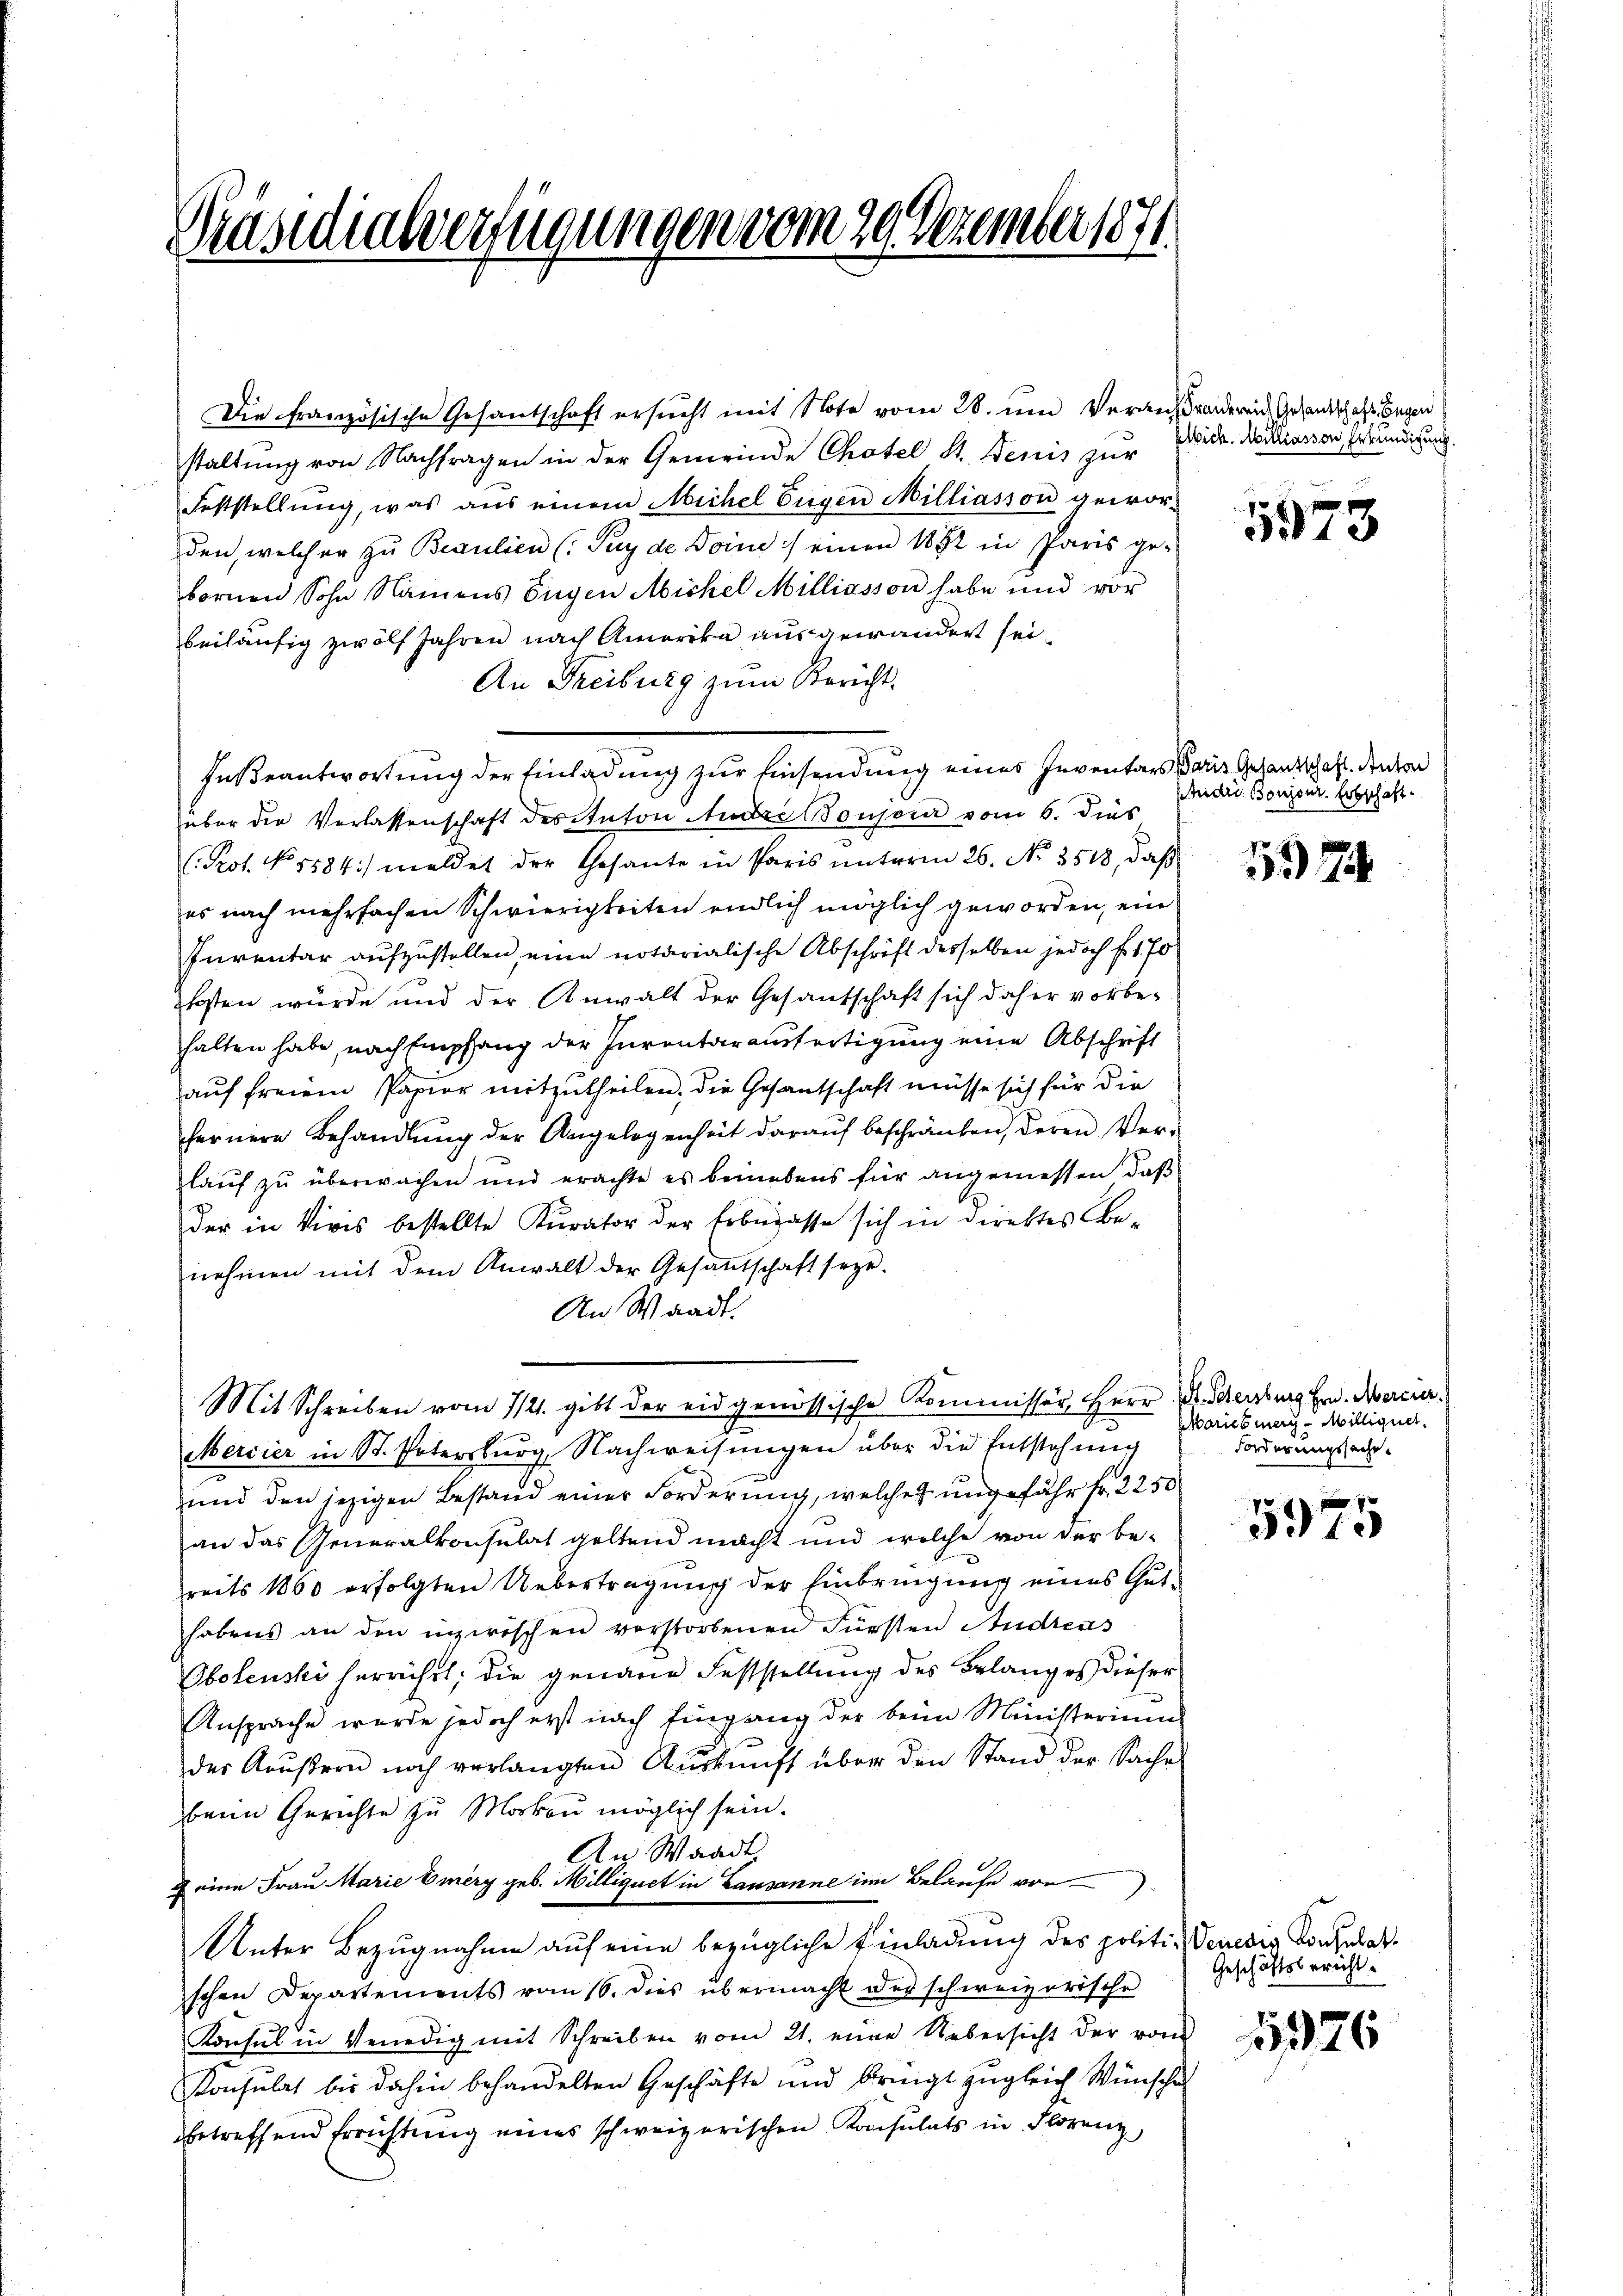
Präsidialverfügungen vom 29. Dezember 1871

Die Französische Gesantschaft ersucht mit Note vom 28. um Veransdranderend Gesandschaft gen
staltung von Nachfragen in der Gemeinde Chatel St. Denis zur
Feststellung, was aus einem Michel Eugen Milliasson gewor-
den, welcher zŭ Beaulien (Pey de Deine / einen 1882 in Paris ge-
bornen Sohn Namens Eigen Michel Milliasson habe und vor
beiläufig zwölf Jahren nach Amerika ausgewandert sei.
An Freiburg zum Bericht.
Fußeantwortung der Einladung zur Einsendung eines Inventars
über der Verlassenschaft des Anton Andre Bonson vom 6. dies
(Prot. No. 5584) meldet der Gesante in Paris ŭnterm 26. No. 3518, daβ
es nach mehrfachen Schwierigkeiten endlich möglich geworden, ein
Inventar aufzustellen, eine notarialische Abschrift desselben jedoch f. 170
kosten würde und der Anwalt der Gesantschaft sich daher vorbe-
halten habe, nach Empfang der Inventarausfertigung eine Abschrift
auf freiem Papier mitzutheilen, die Gesantschaft müsse sich für die
fernere Behandlŭng der Angelegenheit daraŭf beschränken, deren Ver-
lauf zu überwachen und erachte es beinebens für angemessen, daß
der in Vivis bestellte Kurator der Erbesasse sich in direktes benehmen mit dem Anwalt der Gesantschaft seye.
An Waadt.
Mit Schreiben vom 1121. gibt der eidgenössische Kommissär, Herr
Mercier in St. Patersburg, Nachweisungen über die Entstehung
und den jezigen Bestand einer Forderung, welches ungefähr fr. 2250
an das Generalkonsulat geltend macht und welche von der be-
reits 1860 erfolgten Uebertragung der Einbringung eines Guthabens an den inzwischen vorstorbenen Fürsten Andreas
Obolenski herrührt; die genaue Feststellung des Belanges dieser
Ansprache wurde jedoch erst nach Eingang der beim Ministerium
der Kaŭβern noch verlangten Aŭskŭnft über den Stand der Sache
beim Gerichte zu Morken möglich sein.
An Waadt
2 eine Frau Marie Emery geb. Milliquet in Lausanne im Belaufe von
.
Unter Bezugnahme auf eine bezügliche Einladung des politi- Veneder Konsulat
schen Departements vom 16. dies übermacht der schweizerische
Konsul in Venedig mit Schreiben vom 21. eine Uebersicht der von
Konsulat bis dahin behandelten Geschäfte und bringt zŭgleich Wünsche
betreffend Errichtung eines schweizerischen Konsulats in Florenz

Elbich. Milliasson, Erkundigung.

5573

Paris Gesandschaft. Anton
Andro Bonisur. Erbschaft

127

(St. Petersburg Hrn. Merirer.
Maries mag. Millignet.
Forderungssache.

5975

Geschäftsbericht.

11976